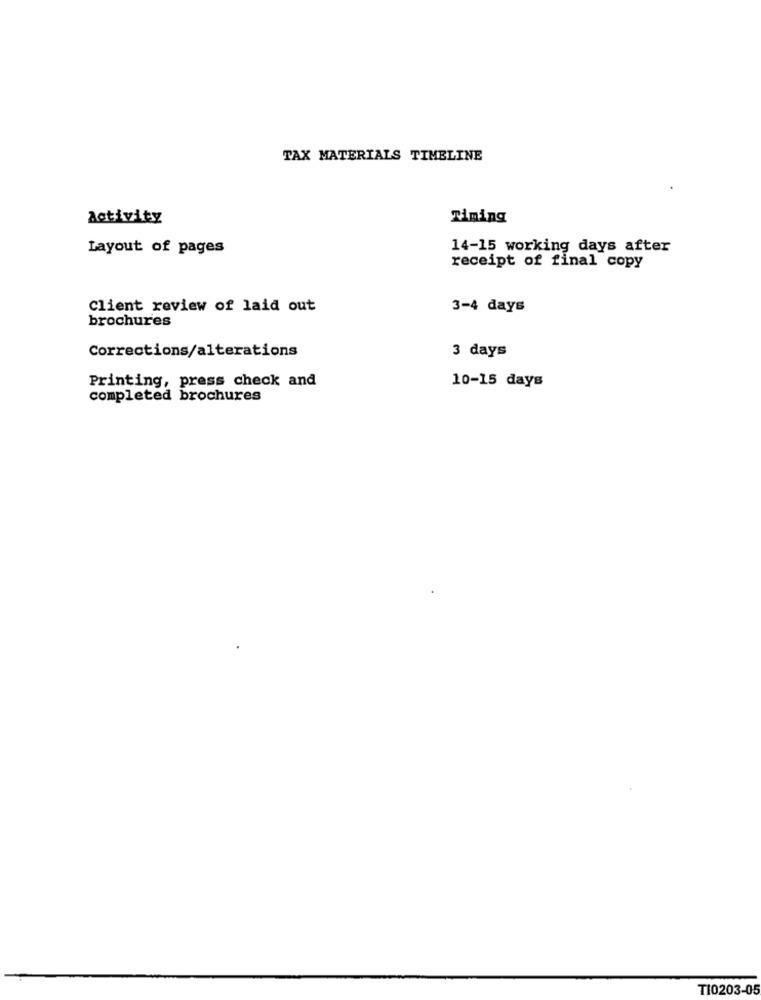
TAX MATERIALS TIMELINE
Activity
Timing
Layout of pages
14-15 working days after
receipt of final copy
Client review of laid out
3-4 days
brochures
Corrections/alterations
3 days
Printing, press check and
10-15 days
completed brochures
TI0203-05